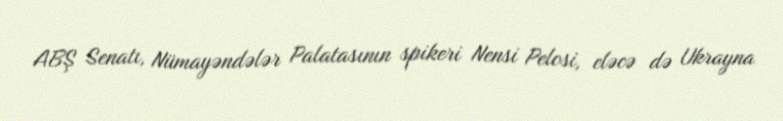
ABŞ Senatı, Nümayəndələr Palatasının spikeri Nensi Pelosi, eləcə də Ukrayna